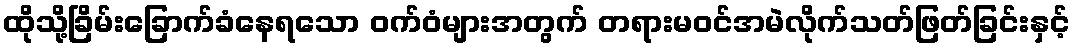
ထိုသို့ခြိမ်းခြောက်ခံနေရသော ဝက်ဝံများအတွက် တရားမဝင်အမဲလိုက်သတ်ဖြတ်ခြင်းနှင့်